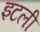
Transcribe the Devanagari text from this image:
इटली